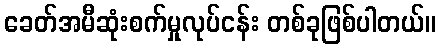
ခေတ်အမီဆုံးစက်မှုလုပ်ငန်း တစ်ခုဖြစ်ပါတယ်။